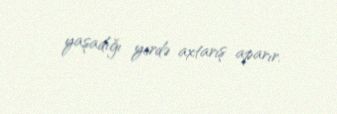
yaşadığı yerdə axtarış aparır.